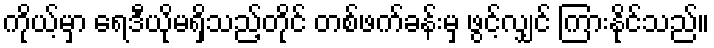
ကိုယ့်မှာ ရေဒီယိုမရှိသည့်တိုင် တစ်ဖက်ခန်းမှ ဖွင့်လျှင် ကြားနိုင်သည်။